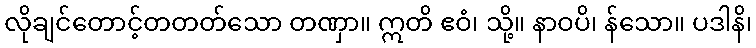
လိုချင်တောင့်တတတ်သော တဏှာ။ ဣတိ ဧဝံ၊ သို့။ နာဝပိ၊ န်သော။ ပဒါနိ၊